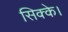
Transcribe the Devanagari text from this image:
सिक्के।